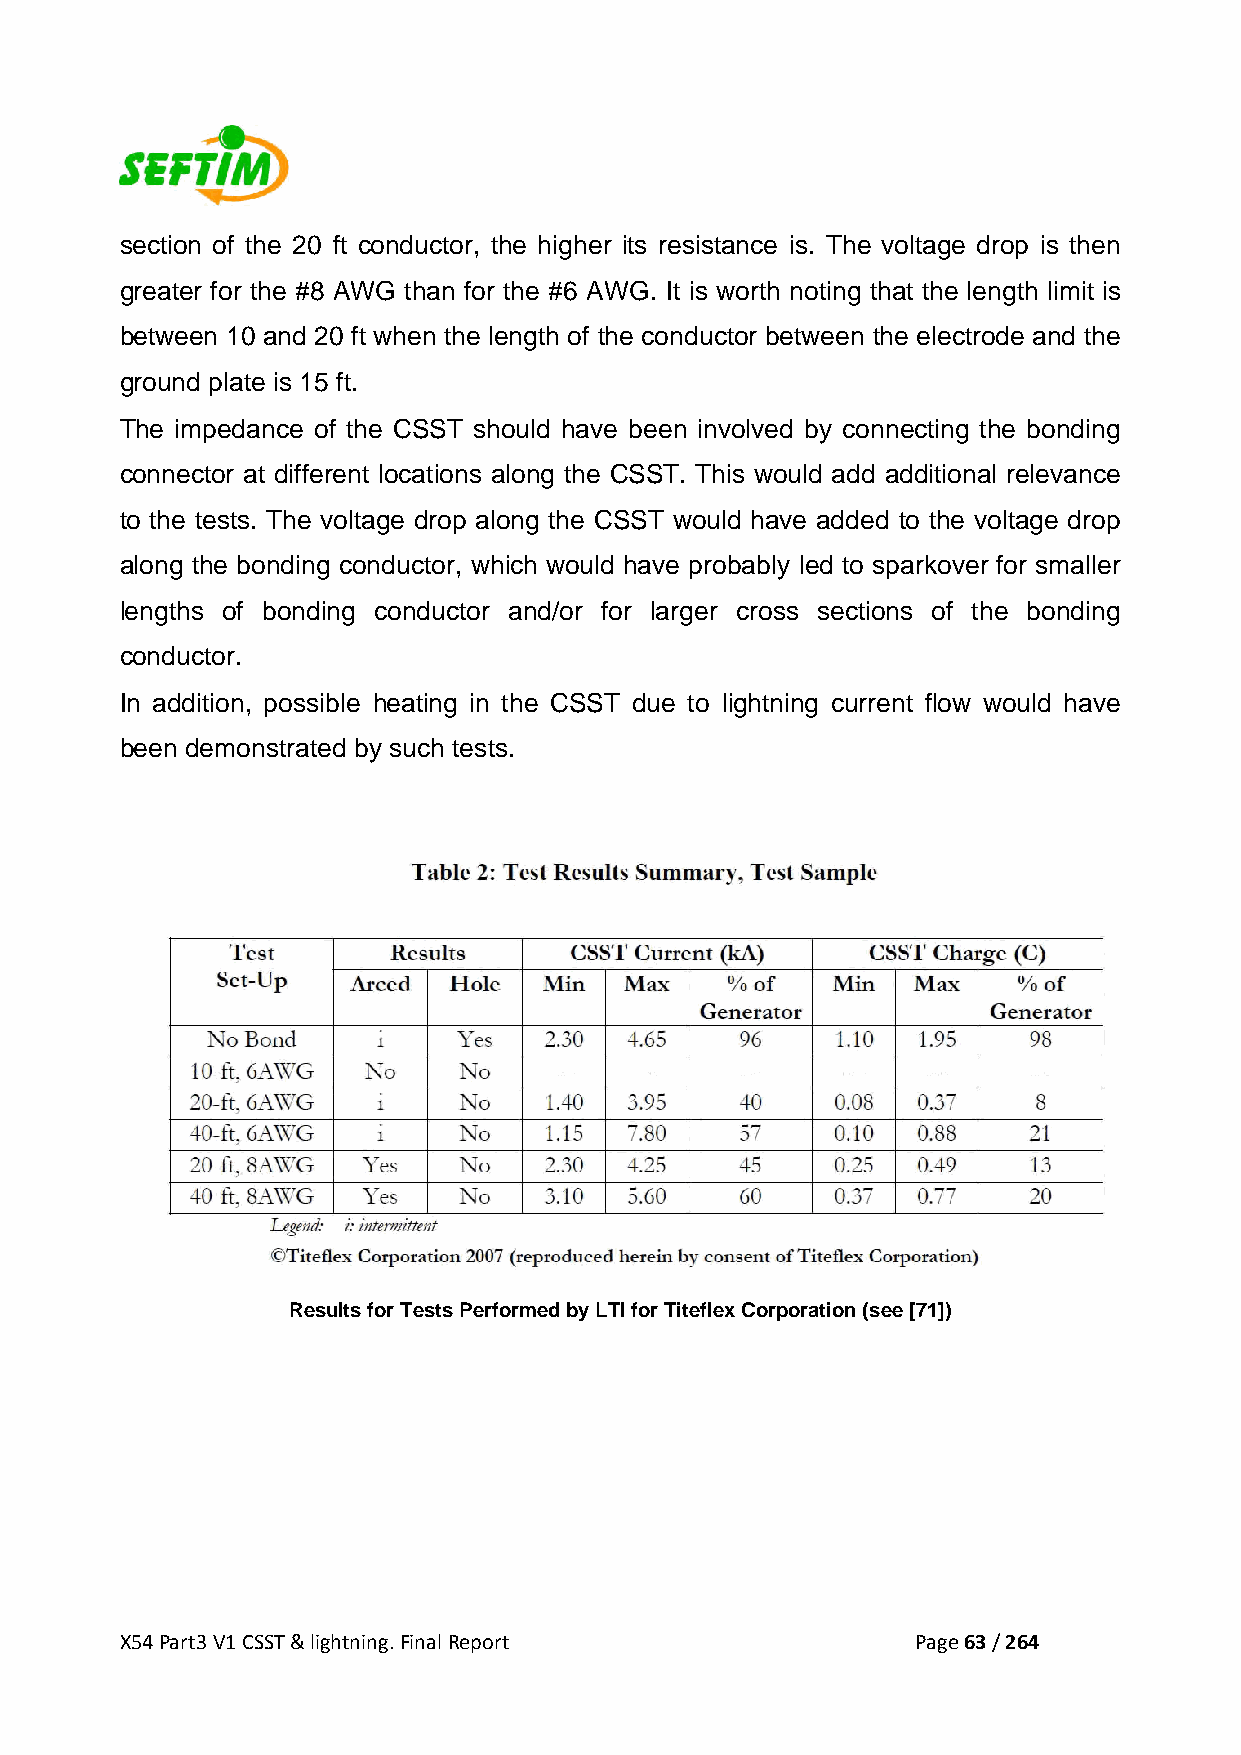
section of the 20 ft conductor, the higher its resistance is. The voltage drop is then
 greater for the #8 AWG than for the #6 AWG. It is worth noting that the length limit is
 between 10 and 20 ft when the length of the conductor between the electrode and the
 ground plate is 15 ft.
 The impedance of the CSST should have been involved by connecting the bonding
 connector at different locations along the CSST. This would add additional relevance
 to the tests. The voltage drop along the CSST would have added to the voltage drop
 along the bonding conductor, which would have probably led to sparkover for smaller
 lengths of bonding conductor and/or for larger cross sections of the bonding
 conductor.
 In addition, possible heating in the CSST due to lightning current flow would have
 been demonstrated by such tests.
 Results for Tests Performed by LTI for Titeflex Corporation (see [71])
 X54 Part3 V1 CSST & lightning. Final Report          Page 63 / 264